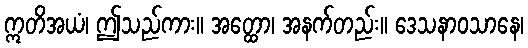
ဣတိအယံ၊ ဤသည်ကား။ အတ္ထော၊ အနက်တည်း။ ဒေသနာဝသာနေ၊